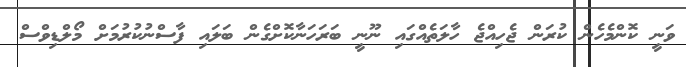
ވަނީ ކޮންމެހެން ކުރަން ޖެހިއްޖެ ހާލަތެއްގައި ނޫނީ ބަރަހަނާކޮށްގެން ބަލައި ފާސްނުކުރުމަށް މޯލްޑިވްސް